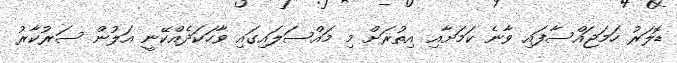
ޑޮލަރު ހަމަޖައްސާފައި ވާނެ ކަމަށާއި އިތުރަށް މި މައްސަލައިގައި ވާހަކަދެއްކޭނީ އަލުން ސަރުކާރު